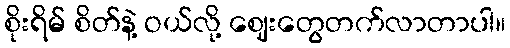
စိုးရိမ် စိတ်နဲ့ ဝယ်လို့ ဈေးတွေတက်လာတာပါ။